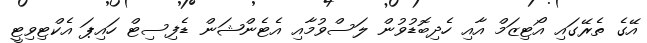
އޭގެ ތެރޭގައި އޯޓިޒަމް އާއި ހެދިބޮޑުވުން ލަސްވުމާއި އެޓެންޝަން ޑެފިސިޓް ހައިޕަ އެކްޓިވިޓީ